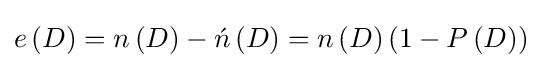
e\left(D\right)=n\left(D\right)-{\acute {n}}\left(D\right)=n\left(D\right)\left(1-P\left(D\right)\right)